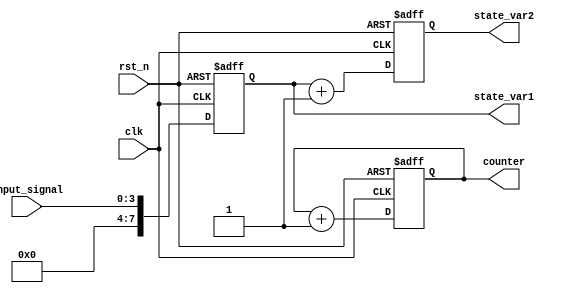
module default_state_initialization(
    input wire clk,          // Clock signal
    input wire rst_n,       // Active low reset signal
    input wire [3:0] input_signal, // Some input signals
    output reg [7:0] state_var1,    // State variable 1
    output reg [7:0] state_var2,    // State variable 2
    output reg counter              // Example counter state variable
);

// Parameters for default values
parameter DEFAULT_STATE_VAR1 = 8'b00000000;  // Default value for state_var1
parameter DEFAULT_STATE_VAR2 = 8'b00000000;  // Default value for state_var2
parameter DEFAULT_COUNTER = 1'b0;              // Default counter value

// Asynchronous reset logic
always @(posedge clk or negedge rst_n) begin
    if (!rst_n) begin
        // Reset state variables to default values
        state_var1 <= DEFAULT_STATE_VAR1;
        state_var2 <= DEFAULT_STATE_VAR2;
        counter <= DEFAULT_COUNTER;
    end else begin
        // Behavioral logic for updating state variables, if reset is not active
        // Example: Simple counter increment logic
        state_var1 <= input_signal; // Update state_var1 based on input
        state_var2 <= state_var1 + 8'b00000001; // Example operation
        counter <= counter + 1'b1;   // Increment counter
    end
end

endmodule